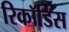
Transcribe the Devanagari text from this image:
रिकॉर्डिस